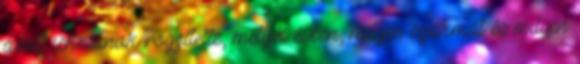
adott iskolának rögzítette, melyik évben, milyen szakmát és milyen